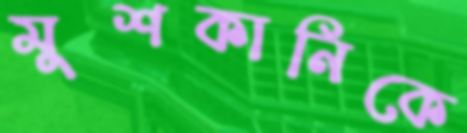
মুশকানিকে